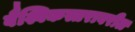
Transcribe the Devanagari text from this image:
वैश्विकस्तरावरील